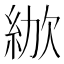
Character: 𣣜